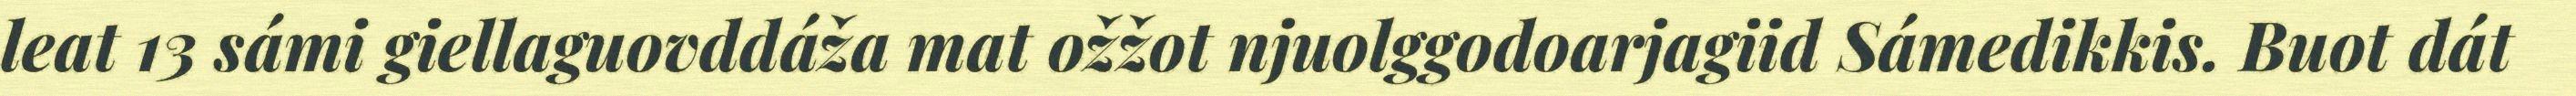
leat 13 sámi giellaguovddáža mat ožžot njuolggodoarjagiid Sámedikkis. Buot dát